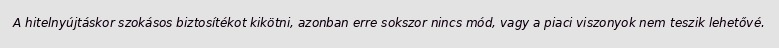
A hitelnyújtáskor szokásos biztosítékot kikötni, azonban erre sokszor nincs mód, vagy a piaci viszonyok nem teszik lehetővé.